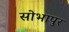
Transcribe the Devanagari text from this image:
सोभापुर